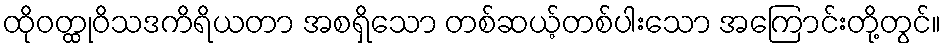
ထိုဝတ္ထုဝိသဒကိရိယတာ အစရှိသော တစ်ဆယ့်တစ်ပါးသော အကြောင်းတို့တွင်။